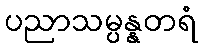
ပညာသမ္ပန္နတရံ